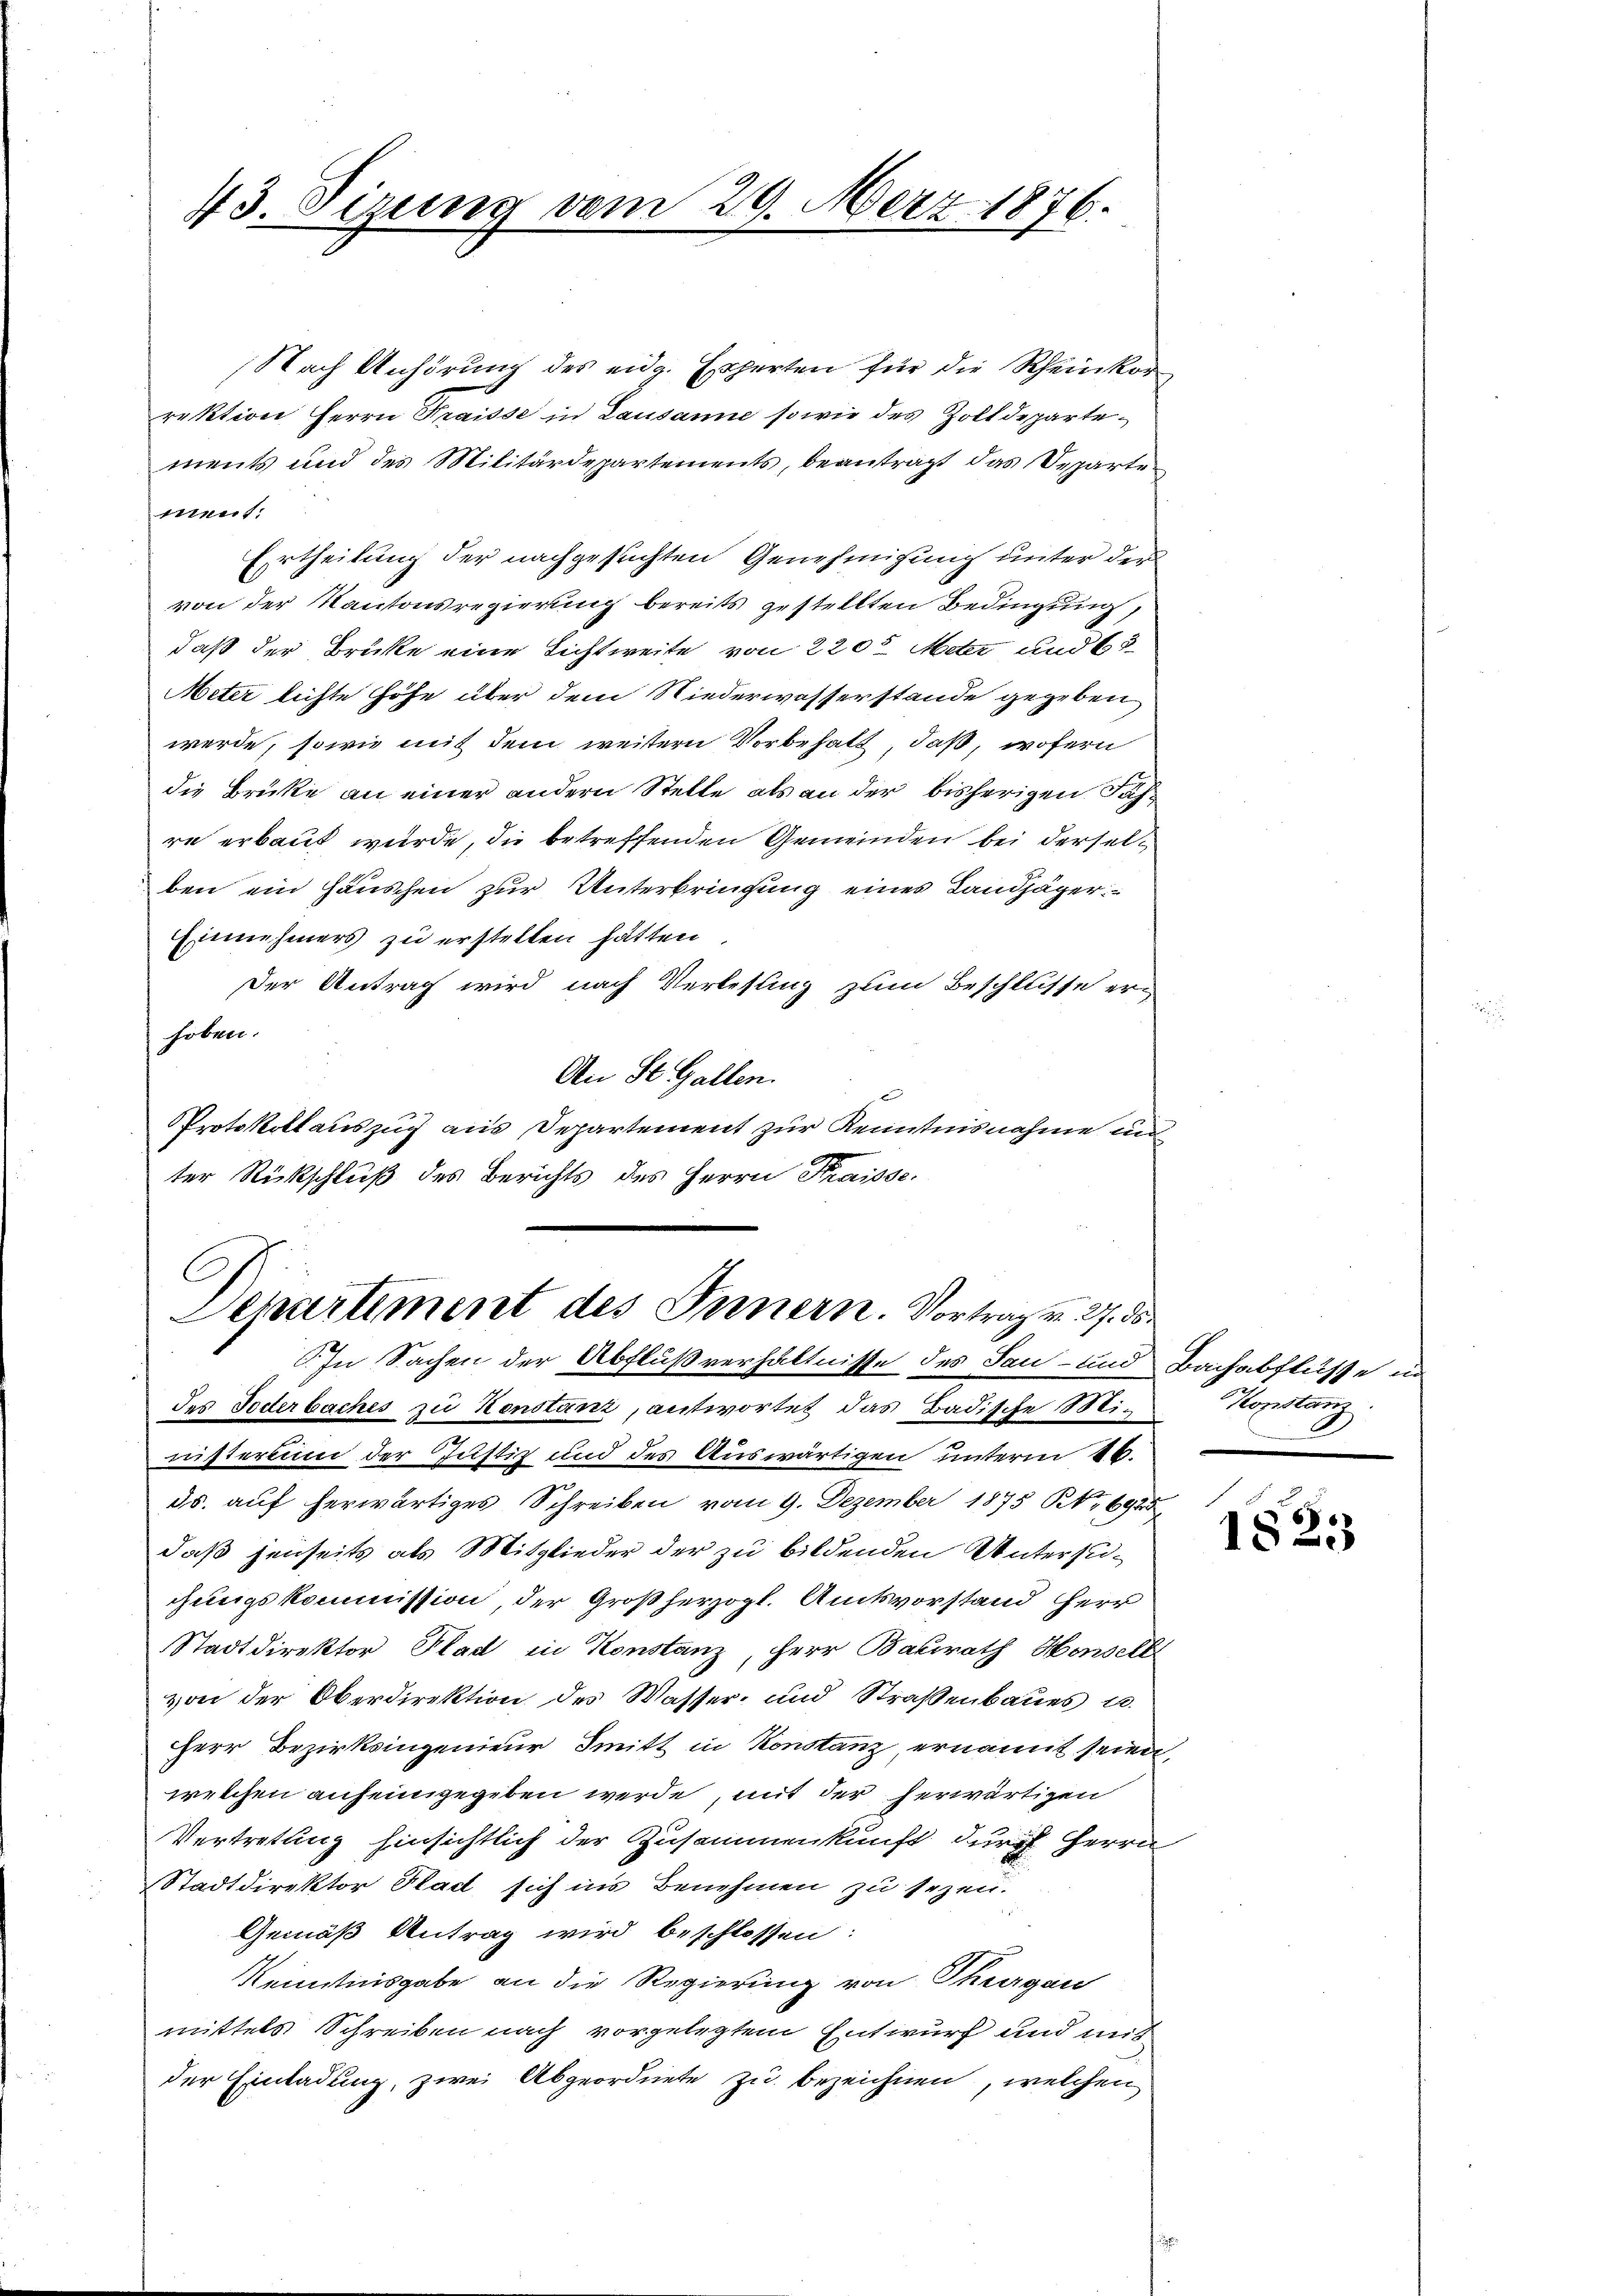
43. Sizung vom 29. März 1876.

Nach Anhörung des eidg. Experten für die Rheinkor
rektion Herrn Fraisse in Lausanne sowie des Zolldepartements und des Militärdepartements, beanträgt das Departen
pert
Ertheilung der nachgesuchten Genehmigung unter der
von der Kantonsregierung bereits gestellten Bedingung,
daß der Brücke eine Licht weite von 2200 Meter und 65
Meter lichte Höhe über dem Niederwasserstände gegeben
werde, sowie mit dem weitern Vorbehalt, daß, wofern
die Brüke an einer andern Stelle als an der bisherigen Jahre erbaut wurde, die betreffenden Gemeinden bei derselben ein Häuschen zur Unterbringung eines Landjäger
Einnehmers zu erstellen hätten
Der Antrag wird nach Verlesung zum Beschlusse ern
hoben.
An St. Gallen.
Protokollauszug aus Departement zur Kenntnisnahme und
ter Rückschluß des Berichts des Herrn Kraisse.
.
Separtiment des Innern. Vortrag v. 27. ds.

C. In Sachen der Abflußverhältnisse des San- und Bachabflüsse un

des Jederbaches zu Kenstanz, antwortet das Badische Ministerium der Justiz und des Auswärtigen unterm 16.
ds. auf herwärtiges Schreiben vom 9. Dezember 1875 Rt. 6925
daß jenseits als Mitglieder der zu bildenden Untersuchungskommission, der Großherzogl. Amtsvorstand HHerr
Stadtdirektor Plad in Konstanz, Herr Bauirath Honselb
von der Oberdirektion des Wasser- und Straßenbaues u.
HHerr Bezirksingenieur Smitt in Konstanz ernannt seien,
welchen anfeingegeben werde, mit der herwärtigen
Vertretung hinsichtlich der Zusammenkunft durch Herrn
Stadtdirektor Rad sich ins Benehmen zu sezen.
Gemäß Antrag wird beschlossen:
Kenntnisgabe an die Regierung von Thurgau
mittels Schreiben nach vorgelegtem Entwurf und mit
der Einladung, zwei Abgeordnete zu bezeichnen, welchen

Konstanz

67
183